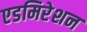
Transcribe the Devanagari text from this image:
एडमिरेशन